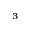
^ 3